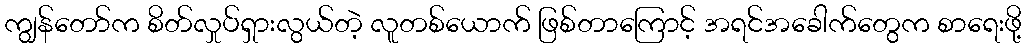
ကျွန်တော်က စိတ်လှုပ်ရှားလွယ်တဲ့ လူတစ်ယောက် ဖြစ်တာကြောင့် အရင်အခေါက်တွေက စာရေးဖို့